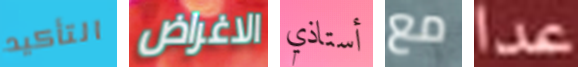
التأكيد الاغراض أستاذي مع عدا